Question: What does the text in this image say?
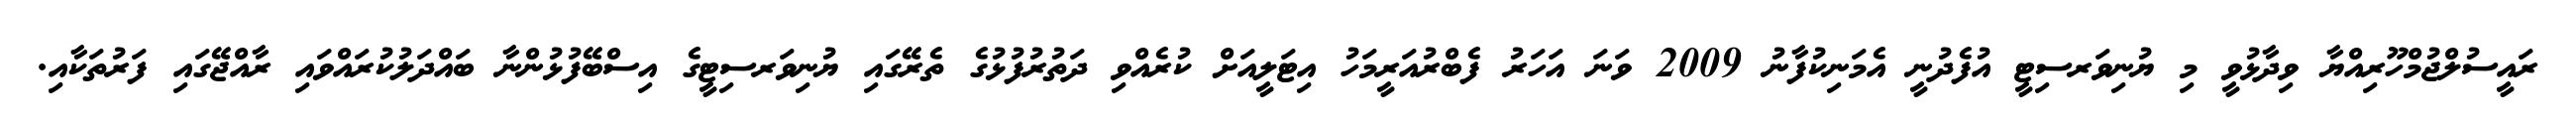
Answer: ރައީސުލްޖުމްހޫރިއްޔާ ވިދާޅުވީ މި ޔުނިވަރސިޓީ އުފެދުނީ އެމަނިކުފާނު 2009 ވަނަ އަހަރު ފެބްރުއަރީމަހު އިޓަލީއަށް ކުރެއްވި ދަތުރުފުޅުގެ ތެރޭގައި ޔުނިވަރސިޓީގެ އިސްބޭފުޅުންނާ ބައްދަލުކުރައްވައި ރާއްޖޭގައި ފަރުތަކާއި.